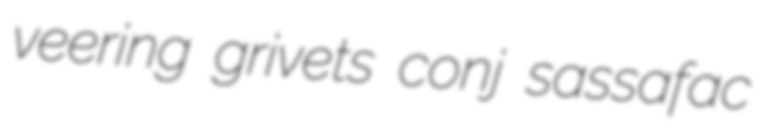
veering grivets conj sassafac